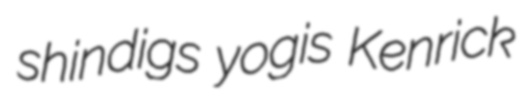
shindigs yogis Kenrick